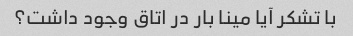
با تشکر آیا مینا بار در اتاق وجود داشت؟